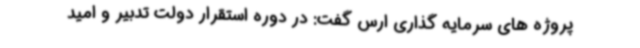
پروژه های سرمایه گذاری ارس گفت: در دوره استقرار دولت تدبیر و امید